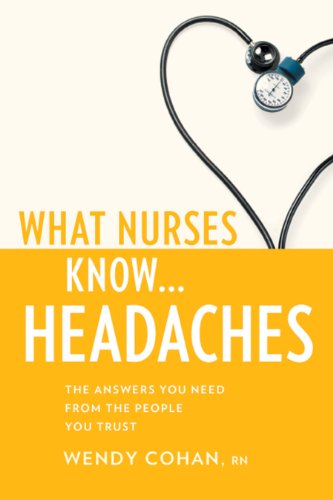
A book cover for What Nurses Know...Headaches; Wendy Cohan; Health, Fitness & Dieting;